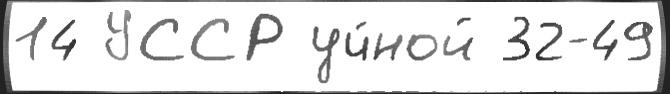
14 УССР уч́ной 32-49